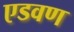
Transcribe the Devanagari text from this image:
एडवण